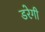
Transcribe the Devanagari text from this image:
डरेगी